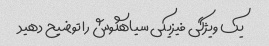
یک ویژگی فیزیکی سیاهگوش را توضیح دهید